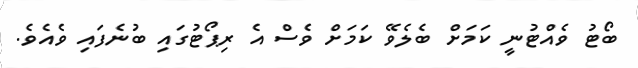
ބޯޓު ވެއްޓުނީ ކަމަށް ބެލެވޭ ކަމަށް ވެސް އެ ރިޕޯޓުގައި ބުނެފައި ވެއެވެ.